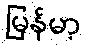
မြန်မာ့